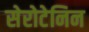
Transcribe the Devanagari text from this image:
सेरोटेनिन